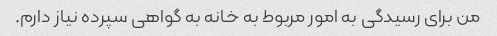
من برای رسیدگی به امور مربوط به خانه به گواهی سپرده نیاز دارم.